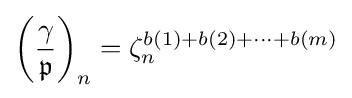
\left({\frac {\gamma }{\mathfrak {p}}}\right)_{n}=\zeta _{n}^{b(1)+b(2)+\dots +b(m)}